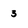
Character: 3